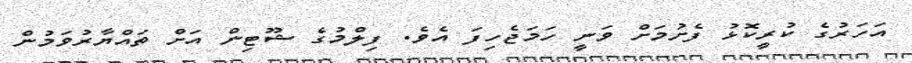
އަހަރުގެ ކުރީކޮޅު ފެށުމަށް ވަނީ ހަމަޖެހިފަ އެވެ. ފިލްމުގެ ޝޫޓިން އަށް ތައްޔާރުވަމުން